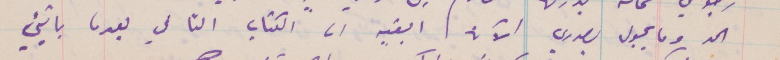
الحد وما يجول بصدري الآن ابقيه الى الكتاب التالي بعدما ياتيني